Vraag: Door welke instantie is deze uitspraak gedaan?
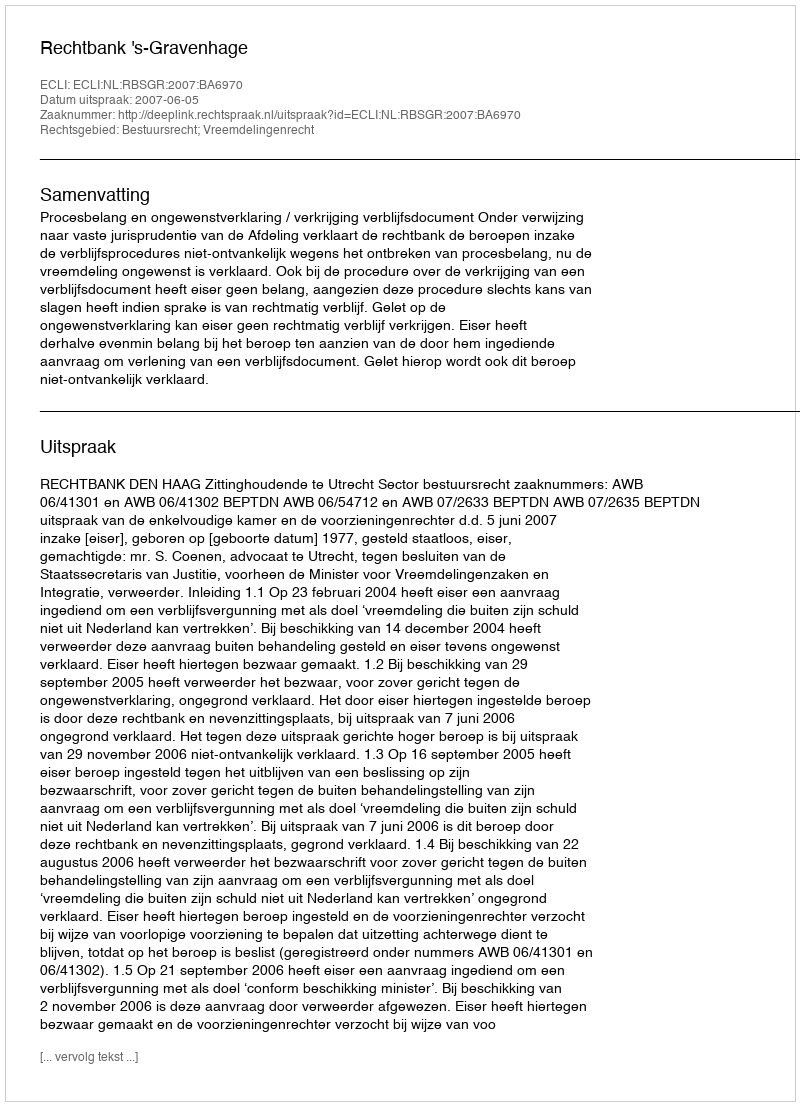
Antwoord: Rechtbank 's-Gravenhage